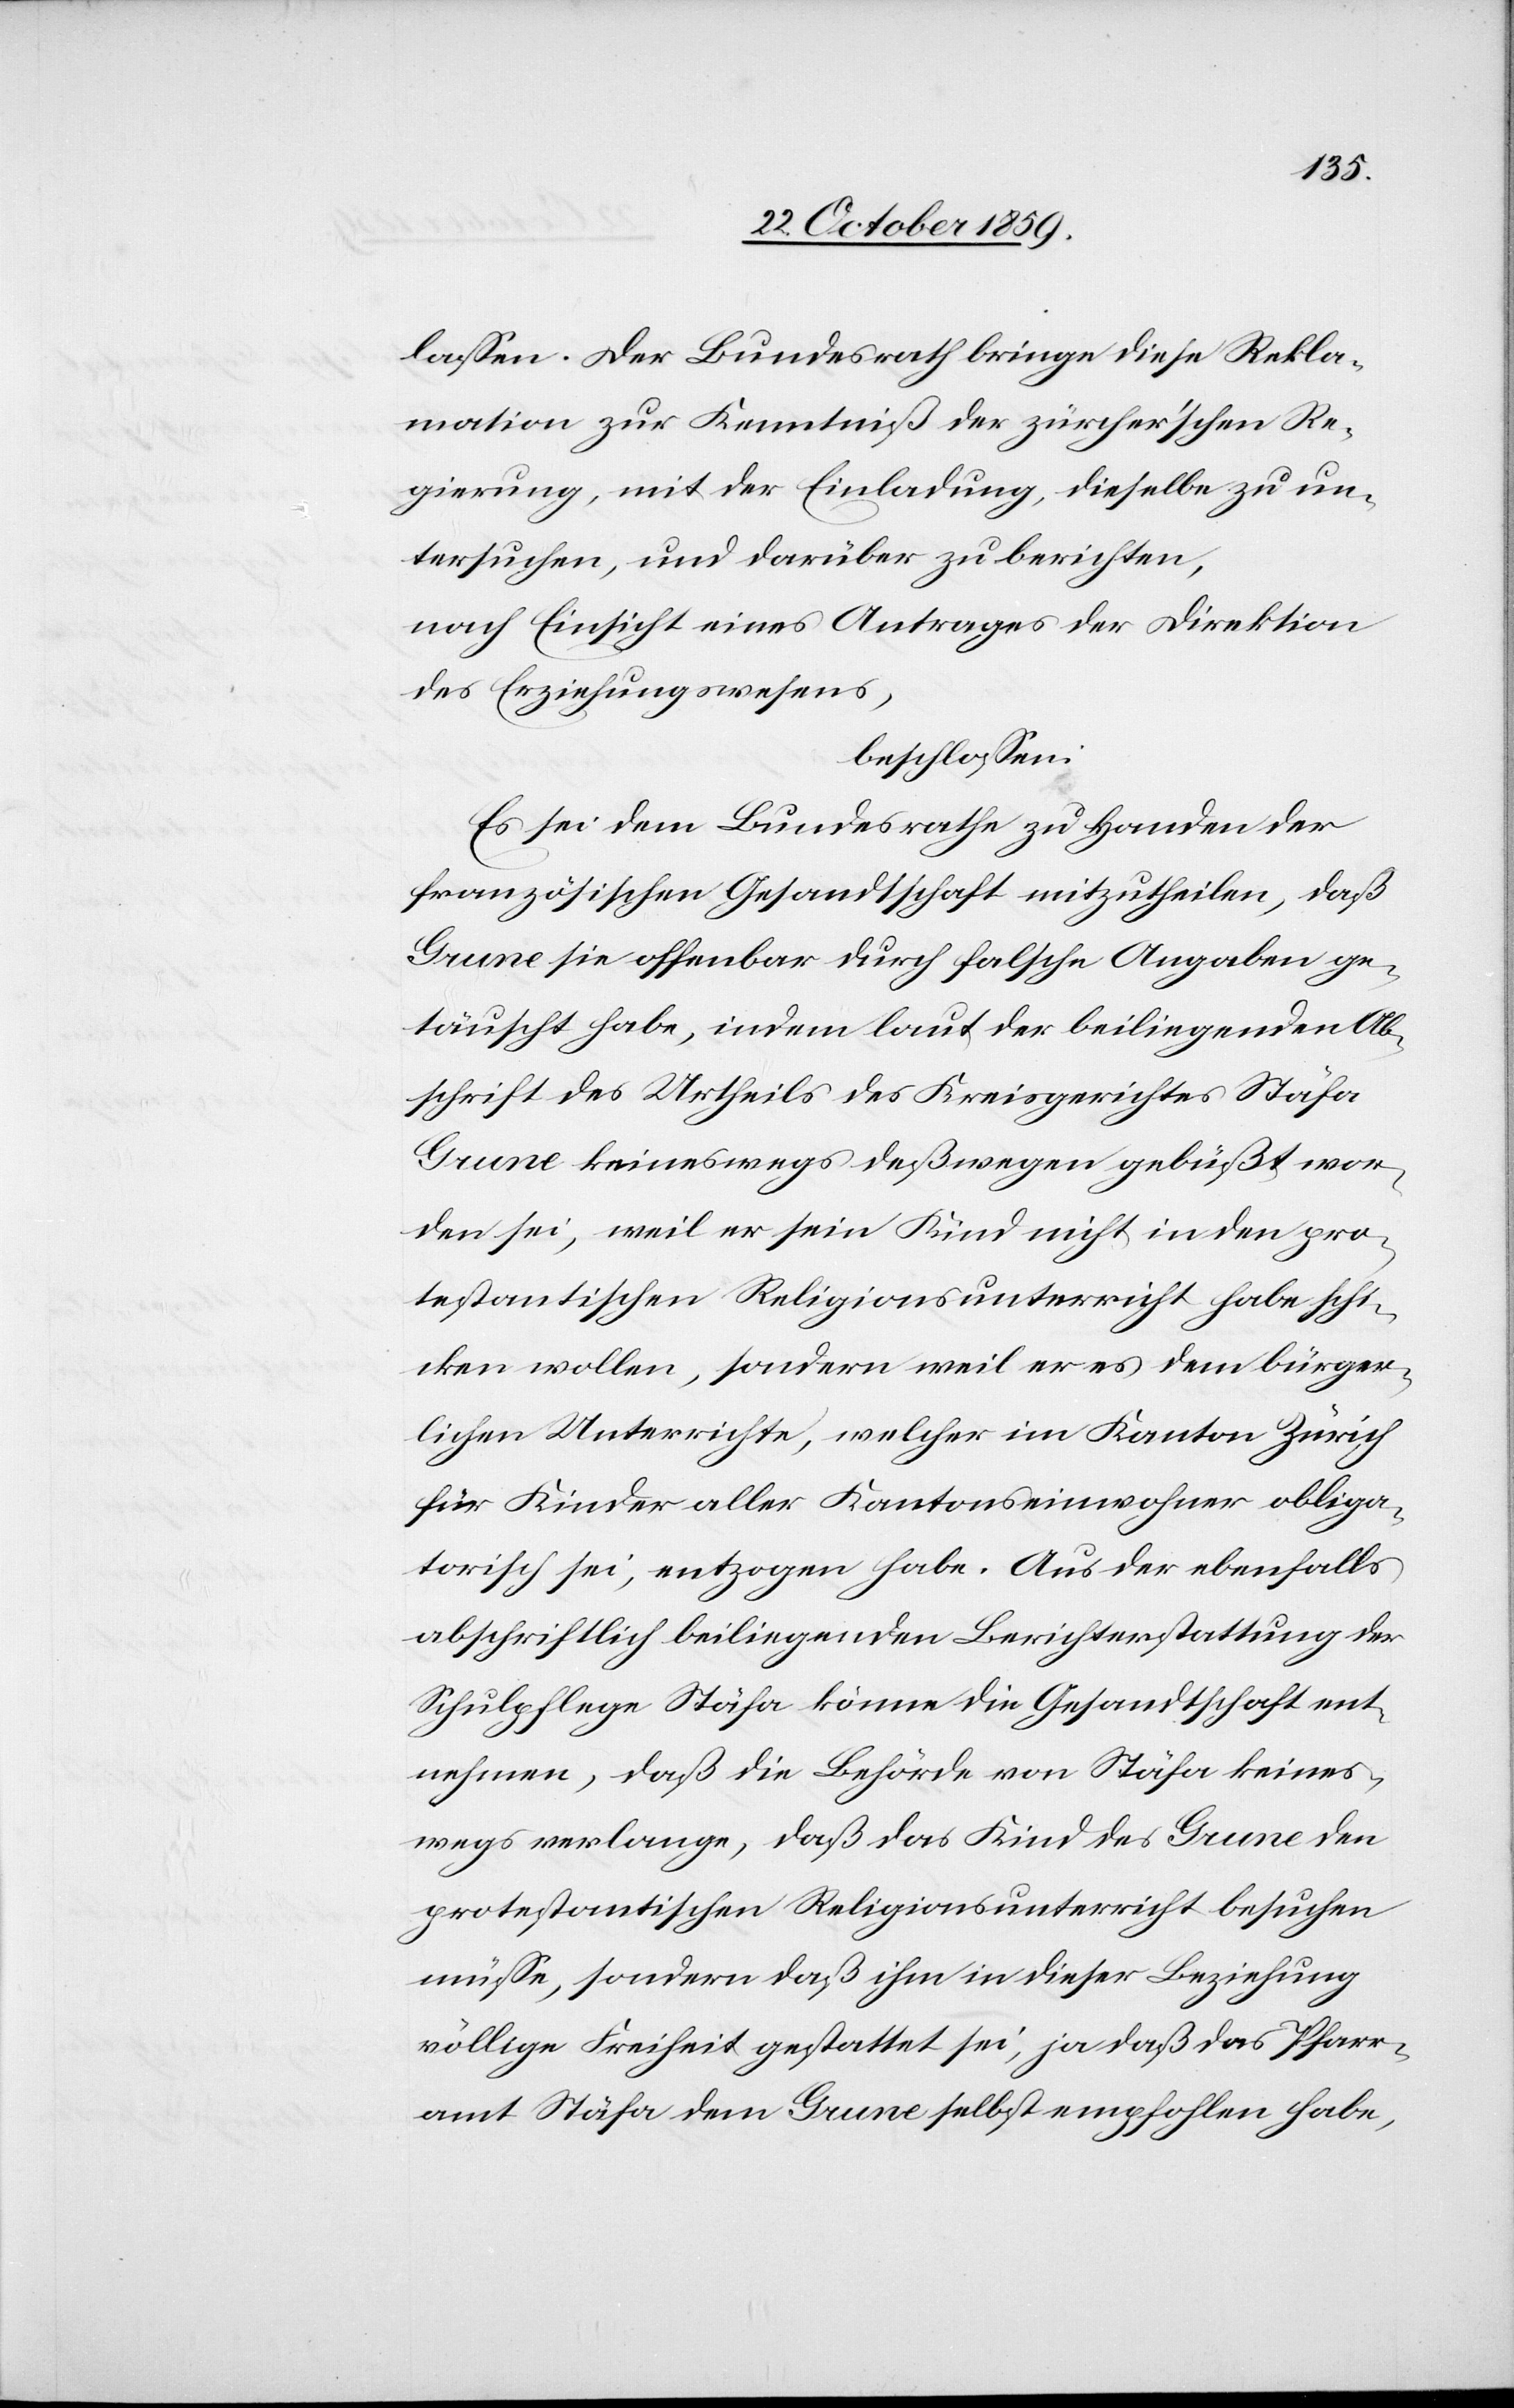
lassen. Der Bundesrath bringe diese Rekla¬
mation zur Kenntniß der zürcher'schen Re¬
gierung, mit der Einladung, dieselbe zu un¬
tersuchen, und darüber zu berichten,
nach Einsicht eines Antrages der Direktion
des Erziehungswesens,
beschlossen:
Es sei dem Bundesrath zu Handen der
französischen Gesandtschaft mitzutheilen, daß
Grune sie offenbar durch falsche Angaben ge¬
täuscht habe, indem laut der beiliegenden Ab¬
schrift des Urtheils des Kreisgerichtes Stäfa
Grune keineswegs deßwegen gebüßt wor¬
den sei, weil er sein Kind nicht in den pro¬
testantischen Religionsunterricht habe schi¬
cken wollen, sondern weil er es dem bürger¬
lichen Unterrichte, welcher im Kanton Zürich
für Kinder aller Kantonseinwohner obliga¬
torisch sei, entzogen habe. Aus der ebenfalls
abschriftlich beilegenden Berichterstattung der
Schulpflege Stäfa könne die Gesandtschaft ent¬
nehmen, daß die Behörde von Stäfa keines¬
wegs verlange, daß das Kind des Grune den
protestantischen Religionsunterricht besuchen
müsse, sondern daß ihm in dieser Beziehung
völlige Freiheit gestattet sei, ja daß das Pfarr¬
amt Stäfa dem Grune selbst empfohlen habe,